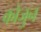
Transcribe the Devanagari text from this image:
कोजुन